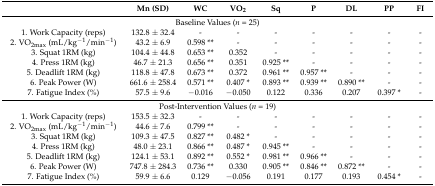
<table><thead><tr><td></td><td><b>Mn (SD)</b></td><td><b>WC</b></td><td><b>VO<sub>2</sub></b></td><td><b>Sq</b></td><td><b>P</b></td><td><b>DL</b></td><td><b>PP</b></td><td><b>FI</b></td></tr></thead><tbody><tr><td colspan="9">Baseline Values (<i>n</i> = 25)</td></tr><tr><td>1. Work Capacity (reps)</td><td>132.8 ± 32.4</td><td>-</td><td>-</td><td>-</td><td>-</td><td>-</td><td>-</td><td>-</td></tr><tr><td>2. VO<sub>2max</sub> (mL/kg<sup>−1</sup>/min<sup>−1</sup>)</td><td>43.2 ± 6.9</td><td>0.598 **</td><td>-</td><td>-</td><td>-</td><td>-</td><td>-</td><td>-</td></tr><tr><td>3. Squat 1RM (kg)</td><td>104.4 ± 44.8</td><td>0.653 **</td><td>0.352</td><td>-</td><td>-</td><td>-</td><td>-</td><td>-</td></tr><tr><td>4. Press 1RM (kg)</td><td>46.7 ± 21.3</td><td>0.656 **</td><td>0.351</td><td>0.925 **</td><td>-</td><td>-</td><td>-</td><td>-</td></tr><tr><td>5. Deadlift 1RM (kg)</td><td>118.8 ± 47.8</td><td>0.673 **</td><td>0.372</td><td>0.961 **</td><td>0.957 **</td><td>-</td><td>-</td><td>-</td></tr><tr><td>6. Peak Power (W)</td><td>661.6 ± 258.4</td><td>0.571 **</td><td>0.407 *</td><td>0.893 **</td><td>0.939 **</td><td>0.890 **</td><td>-</td><td>-</td></tr><tr><td>7. Fatigue Index (%)</td><td>57.5 ± 9.6</td><td>−0.016</td><td>−0.050</td><td>0.122</td><td>0.336</td><td>0.207</td><td>0.397 *</td><td>-</td></tr><tr><td colspan="9">Post-Intervention Values (<i>n</i> = 19)</td></tr><tr><td>1. Work Capacity (reps)</td><td>153.5 ± 32.3</td><td>-</td><td>-</td><td>-</td><td>-</td><td>-</td><td>-</td><td>-</td></tr><tr><td>2. VO<sub>2max</sub> (mL/kg<sup>−1</sup>/min<sup>−1</sup>)</td><td>44.6 ± 7.6</td><td>0.799 **</td><td>-</td><td>-</td><td>-</td><td>-</td><td>-</td><td>-</td></tr><tr><td>3. Squat 1RM (kg)</td><td>109.3 ± 47.5</td><td>0.827 **</td><td>0.482 *</td><td>-</td><td>-</td><td>-</td><td>-</td><td>-</td></tr><tr><td>4. Press 1RM (kg)</td><td>48.0 ± 23.1</td><td>0.866 **</td><td>0.487 *</td><td>0.945 **</td><td>-</td><td>-</td><td>-</td><td>-</td></tr><tr><td>5. Deadlift 1RM (kg)</td><td>124.1 ± 53.1</td><td>0.892 **</td><td>0.552 *</td><td>0.981 **</td><td>0.966 **</td><td>-</td><td>-</td><td>-</td></tr><tr><td>6. Peak Power (W)</td><td>747.8 ± 284.3</td><td>0.736 **</td><td>0.330</td><td>0.905 **</td><td>0.846 **</td><td>0.872 **</td><td>-</td><td>-</td></tr><tr><td>7. Fatigue Index (%)</td><td>59.9 ± 6.6</td><td>0.129</td><td>−0.056</td><td>0.191</td><td>0.177</td><td>0.193</td><td>0.454 *</td><td>-</td></tr></tbody></table>